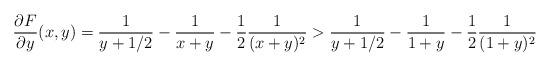
LaTeX: \begin{align*}\frac{\partial F}{\partial y}(x,y) = \frac{1}{y+1/2} - \frac{1}{x+y} - \frac{1}{2}\frac{1}{(x+y)^2} > \frac{1}{y+1/2} - \frac{1}{1+y} - \frac{1}{2}\frac{1}{(1+y)^2}\end{align*}